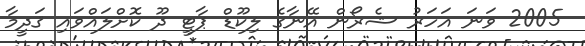
2005 ވަނަ އަހަރު ޝެރޯން އޭނާގެ ލިކޫޑް ޕާޓީ ދޫ ކޮށްލައްވައި ޤަދީމާ